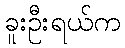
ခူးဦးရယ်က